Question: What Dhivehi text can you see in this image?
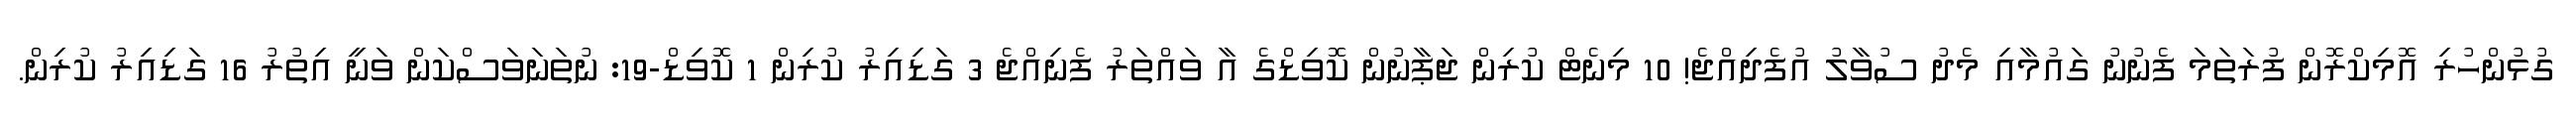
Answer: ގުޅުންހުރި އޮމިކްރޮން ފުރަތަމަ ފެނުނު ގައުމާއި މެދު ސުވާލު އުފެދިއްޖެ! 10 މިނެޓް ކުރިން ޖަޕާނުން ކޮވިޑްގެ އާ ވައްތަރު ފެނިއްޖެ 3 ގަޑިއިރު ކުރިން 1 ކޮވިޑް-19: ނުތަނަވަސްކަން ވަނީ އިތުރު 16 ގަޑިއިރު ކުރިން.